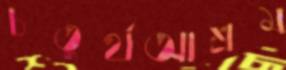
চতুর্থআশ্রম